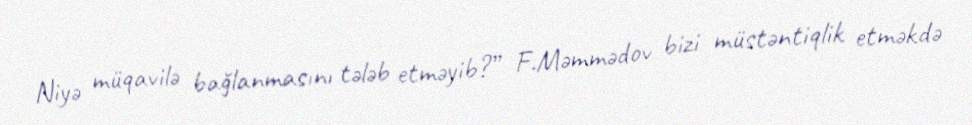
Niyə müqavilə bağlanmasını tələb etməyib?” F.Məmmədov bizi müstəntiqlik etməkdə